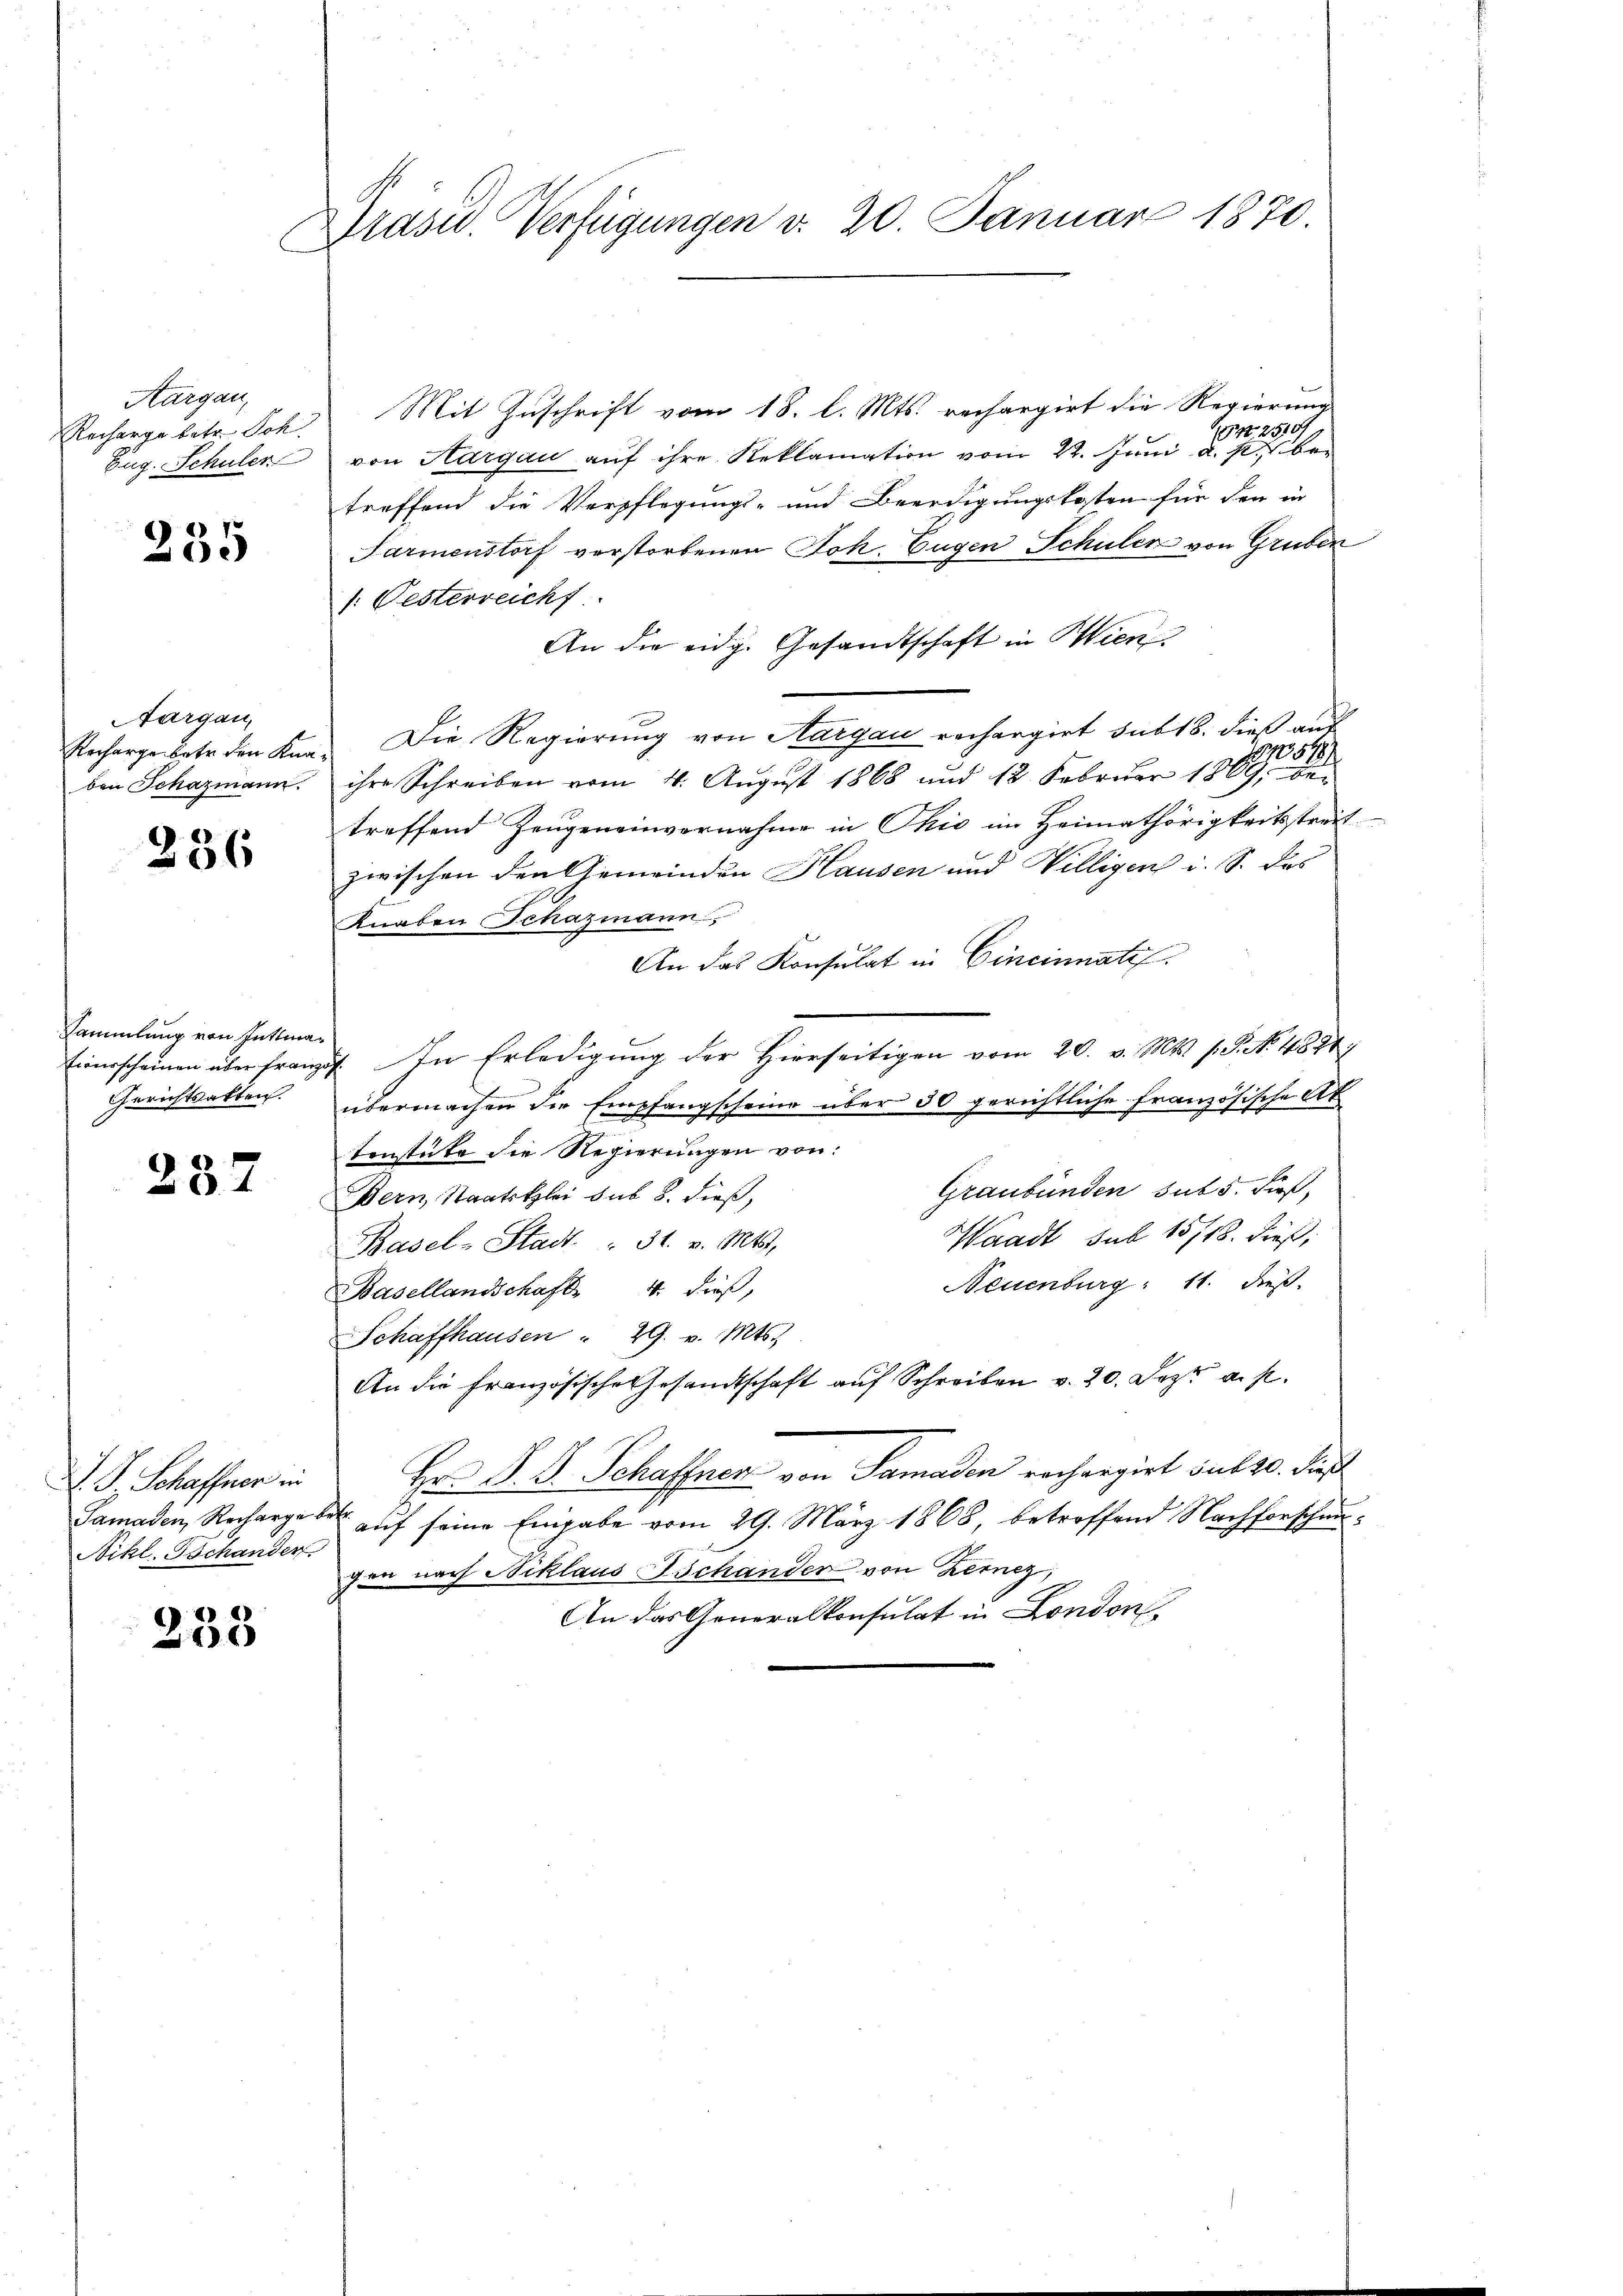
Aargau,
Recharge betr. Sch.
Eug. Schuler

235

Aargau,

236

Mit Zuschrift vom 18. l. Mts. rechargirt die Regierung
GN2510/1
von Aargau auf ihre Reklamation vom 22. Juni a. p. betreffend die Verpflegungs- und Beerdigungskosten für den in
Parmenstorf verstorbenen Joh. Eugen Schuler von Gruben
/: Festerreichf
An die eidg. Gesandtschaft in Wien
Recharge betr den Kur. Die Regierung von Aargau rechargirt sub 18. dieß aus
87054
ben Schazmann. ihre Schreiben vom 4. Aŭgŭst 1868 und 12. Febrŭar 1869, be-
treffend Zeugeneinvernahme in Ohio im Heimathörigkeitsstreit
zwischen den Gemeinden Hausen und Willigen i. S. das
Knaben Schazmann,
An das Konsulat in Cincinatif
tionsscheinen über franz. In Erledigŭng der hierseitigen vom 20. v. Mts. s. S. No. 4824
übermachen die Empfangscheine über 30 gerichtliche Französische At
tenstüke die Regierungen von:
Graubünden sut 5. dieß,
Bern, Staatsklei sub 8. dieß,
Waadt sub 15718. dieß,
Basel-Stadt. " 31. v. Mts.
Neuenburg: 11. dieß.
Basellandschaft 4 dieß,
Schaffhausen " 29. v. Mts.
An die Französische Gesandtschaft auf Schreiben v. 20. Jezt u. s.
Hr. P. G. Schaffner von Samaden rechargirt sub 20. dieß
Samaden, Recharge der auf seine Eingabe vom 29. März 1868, betreffend Nachforschaugen nach Niklaus Tschander von Kernez,
An das Generalkonsulat in London

Sammlung von Enttma¬
Gerichtsakten.

237

J. J. Schaffner in
Nikl. Tschander

233

Präsid. Verfügungen v. 20. Januar 1870.